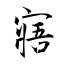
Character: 寤